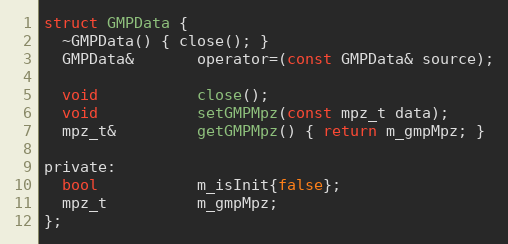
Language: C
struct GMPData {
  ~GMPData() { close(); }
  GMPData&       operator=(const GMPData& source);

  void           close();
  void           setGMPMpz(const mpz_t data);
  mpz_t&         getGMPMpz() { return m_gmpMpz; }

private:
  bool           m_isInit{false};
  mpz_t          m_gmpMpz;
};